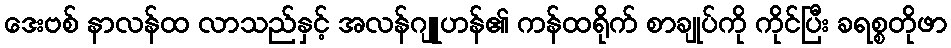
ဒေးဗစ် နာလန်ထ လာသည်နှင့် အလန်ဂျူဟန်၏ ကန်ထရိုက် စာချုပ်ကို ကိုင်ပြီး ခရစ္စတိုဖာ